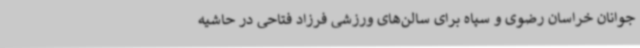
جوانان خراسان رضوی و سپاه برای سالن‌های ورزشی فرزاد فتاحی در حاشیه